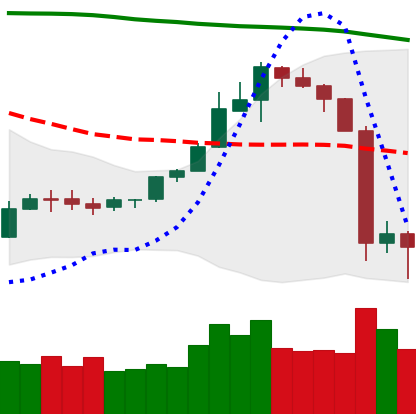
Ticker: ETH-USD
Chart end date: 2019-09-26
Forward return: 6.366%
Label: up_5_7